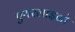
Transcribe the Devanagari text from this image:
एयरलाइनो